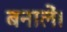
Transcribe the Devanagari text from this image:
बनालें।